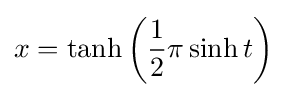
x=\tanh \left({\frac {1}{2}}\pi \sinh t\right)